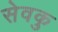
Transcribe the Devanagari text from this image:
सेवकु